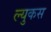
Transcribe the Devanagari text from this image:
ल्युकस